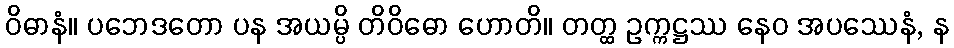
ဝိဓာနံ။ ပဘေဒတော ပန အယမ္ပိ တိဝိဓော ဟောတိ။ တတ္ထ ဥက္ကဋ္ဌဿ နေဝ အပဿေနံ, န